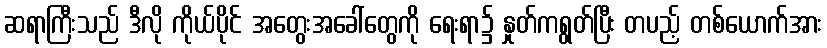
ဆရာကြီးသည် ဒီလို ကိုယ်ပိုင် အတွေးအခေါ်တွေကို ရေးရာ၌ နှုတ်ကရွတ်ပြီး တပည့် တစ်ယောက်အား